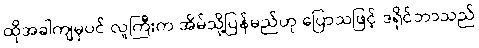
ထိုအခါကျမှပင် လူကြီးက အိမ်သို့ပြန်မည်ဟု ပြောသဖြင့် ဒရိုင်ဘာသည်